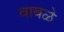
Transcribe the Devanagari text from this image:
वाबळे